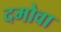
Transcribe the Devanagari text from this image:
दमोवा